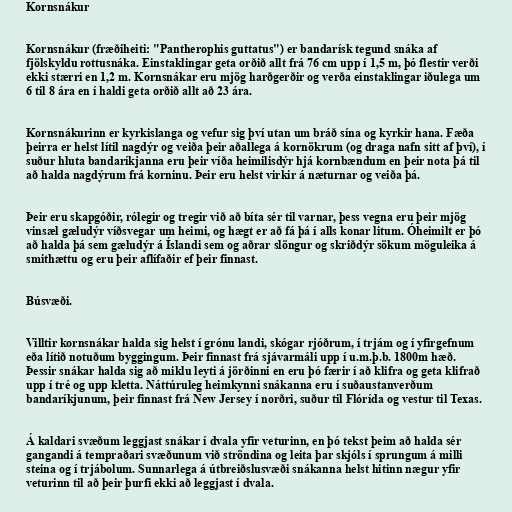
Kornsnákur

Kornsnákur (fræðiheiti: "Pantherophis guttatus") er bandarísk tegund snáka af
fjölskyldu rottusnáka. Einstaklingar geta orðið allt frá 76 cm upp í 1,5 m, þó flestir verði
ekki stærri en 1,2 m. Kornsnákar eru mjög harðgerðir og verða einstaklingar iðulega um
6 til 8 ára en í haldi geta orðið allt að 23 ára.

Kornsnákurinn er kyrkislanga og vefur sig því utan um bráð sína og kyrkir hana. Fæða
þeirra er helst lítil nagdýr og veiða þeir aðallega á kornökrum (og draga nafn sitt af því), í
suður hluta bandaríkjanna eru þeir víða heimilisdýr hjá kornbændum en þeir nota þá til
að halda nagdýrum frá korninu. Þeir eru helst virkir á næturnar og veiða þá.

Þeir eru skapgóðir, rólegir og tregir við að bíta sér til varnar, þess vegna eru þeir mjög
vinsæl gæludýr víðsvegar um heimi, og hægt er að fá þá í alls konar litum. Óheimilt er þó
að halda þá sem gæludýr á Íslandi sem og aðrar slöngur og skriðdýr sökum möguleika á
smithættu og eru þeir aflífaðir ef þeir finnast.

Búsvæði.

Villtir kornsnákar halda sig helst í grónu landi, skógar rjóðrum, í trjám og í yfirgefnum
eða lítið notuðum byggingum. Þeir finnast frá sjávarmáli upp í u.m.þ.b. 1800m hæð.
Þessir snákar halda sig að miklu leyti á jörðinni en eru þó færir í að klifra og geta klifrað
upp í tré og upp kletta. Náttúruleg heimkynni snákanna eru í suðaustanverðum
bandaríkjunum, þeir finnast frá New Jersey í norðri, suður til Flórída og vestur til Texas.

Á kaldari svæðum leggjast snákar í dvala yfir veturinn, en þó tekst þeim að halda sér
gangandi á tempraðari svæðunum við ströndina og leita þar skjóls í sprungum á milli
steina og í trjábolum. Sunnarlega á útbreiðslusvæði snákanna helst hitinn nægur yfir
veturinn til að þeir þurfi ekki að leggjast í dvala.